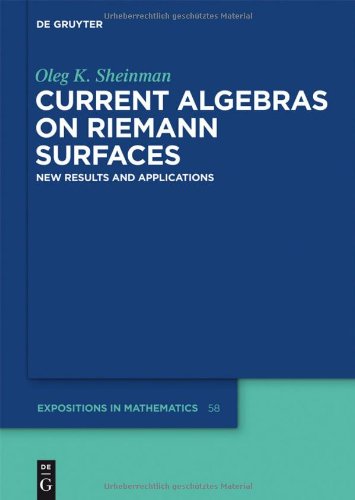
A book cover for Current Algebras on Riemann Surfaces (De Gruyter Expositions in Mathematics); Oleg K. Sheinman; Science & Math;